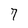
Character: 7